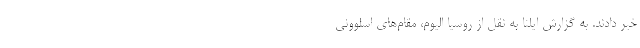
خبر دادند. به گزارش ایلنا به نقل از روسیا الیوم، مقام‌های اسلوونی